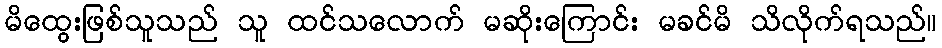
မိထွေးဖြစ်သူသည် သူ ထင်သလောက် မဆိုးကြောင်း မခင်မိ သိလိုက်ရသည်။